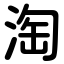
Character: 淘